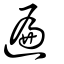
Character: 遍